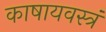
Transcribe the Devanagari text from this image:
काषायवस्त्रं